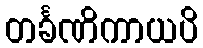
တင်္ခဏိကာယပိ